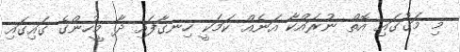
މި މަގުގައި އޮތް ނުރައްކާ އަނެއް ކަމަކީ ހިނގާފައި ދާ މީހުންގެ ގައިގައި